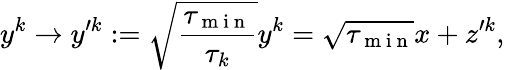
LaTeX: y^{k}\rightarrow y^{\prime k}:=\sqrt{\frac{\tau_{\mathrm{~m~i~n~}}}{\tau_{k}}}y^{k}=\sqrt{\tau_{\mathrm{~m~i~n~}}}x+z^{\prime k},